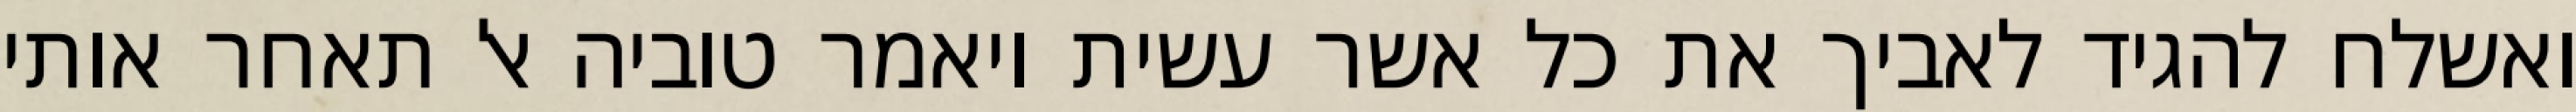
ואשלח להגיד לאביך את כל אשר עשית ויאמר טוביה אל תאחר אותי